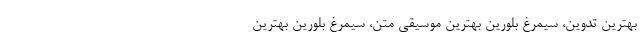
بهترین تدوین، سیمرغ بلورین بهترین موسیقی متن، سیمرغ بلورین بهترین